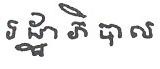
រដ្ឋាភិ បាល